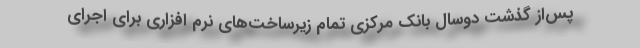
پس‌از گذشت دوسال بانک مرکزی تمام زیرساخت‌های نرم افزاری برای اجرای